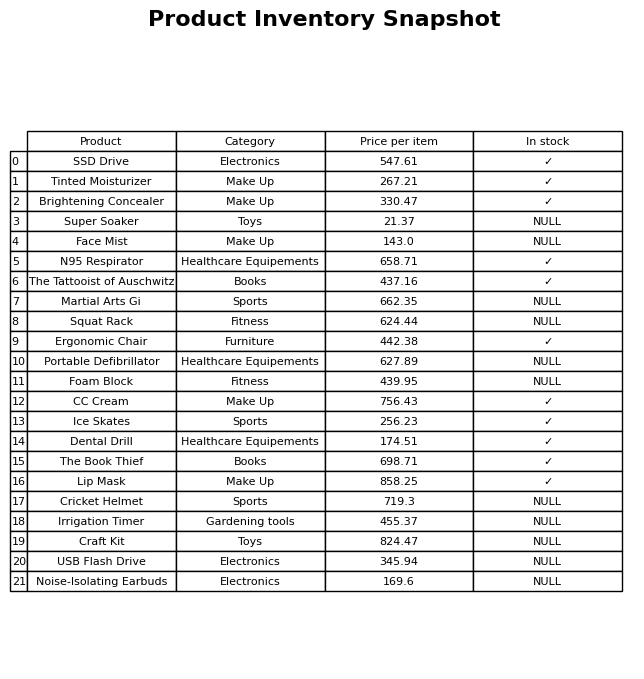
question: What is the price of the Portable Defibrillator?
answer: The price of Portable Defibrillator is 627.89.